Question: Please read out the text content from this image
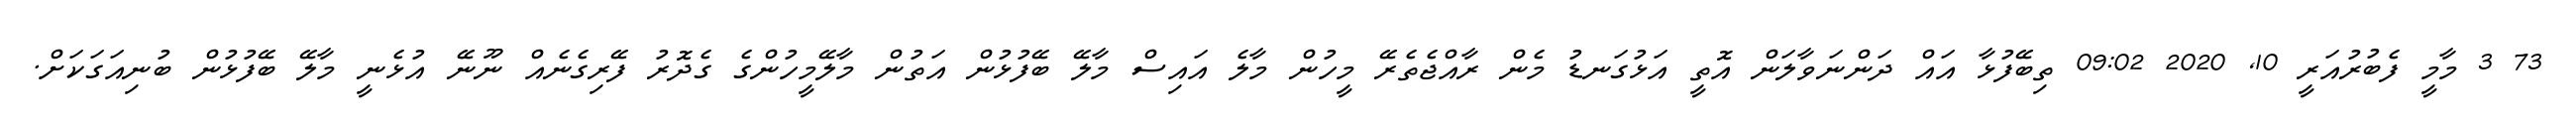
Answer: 73 3 މާމީ ފެބުރުއަރީ 10, 2020 09:02 ތިބޭފުޅާ އައް ދަންނަވާލަން އޮތީ އަޅުގަނޑު މެން ރާއްޖެތެރޭ މީހުން މާލެ އައިސް މާލޭ ބޭފުޅުން އަތުން މާލޭމީހުންގެ ގެދޮރު ފޭރިގެނެއް ނޫނޭ އުޅެނީ މާލޭ ބޭފުޅުން ބުނިއަގަކަށް.